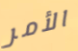
الأمر